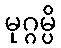
မုဂ္ဂမ္ပိ